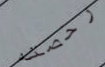
رخصته